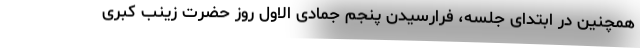
همچنین در ابتدای جلسه، فرارسیدن پنجم جمادی الاول روز حضرت زینب کبری